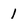
Character: 1